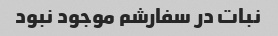
نبات در سفارشم موجود نبود